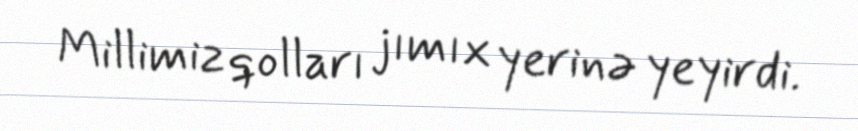
Millimiz qolları jımıx yerinə yeyirdi.